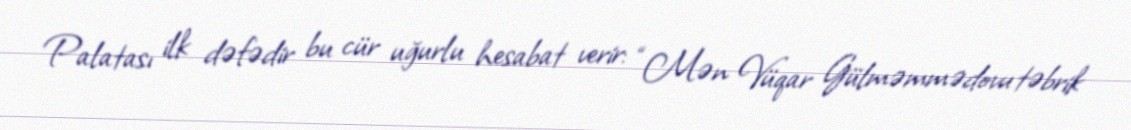
Palatası ilk dəfədir bu cür uğurlu hesabat verir: “Mən Vüqar Gülməmmədovu təbrik